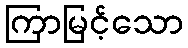
ကြာမြင့်သော